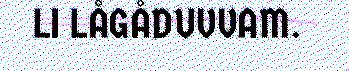
LI LÅGÅDUVVAM.